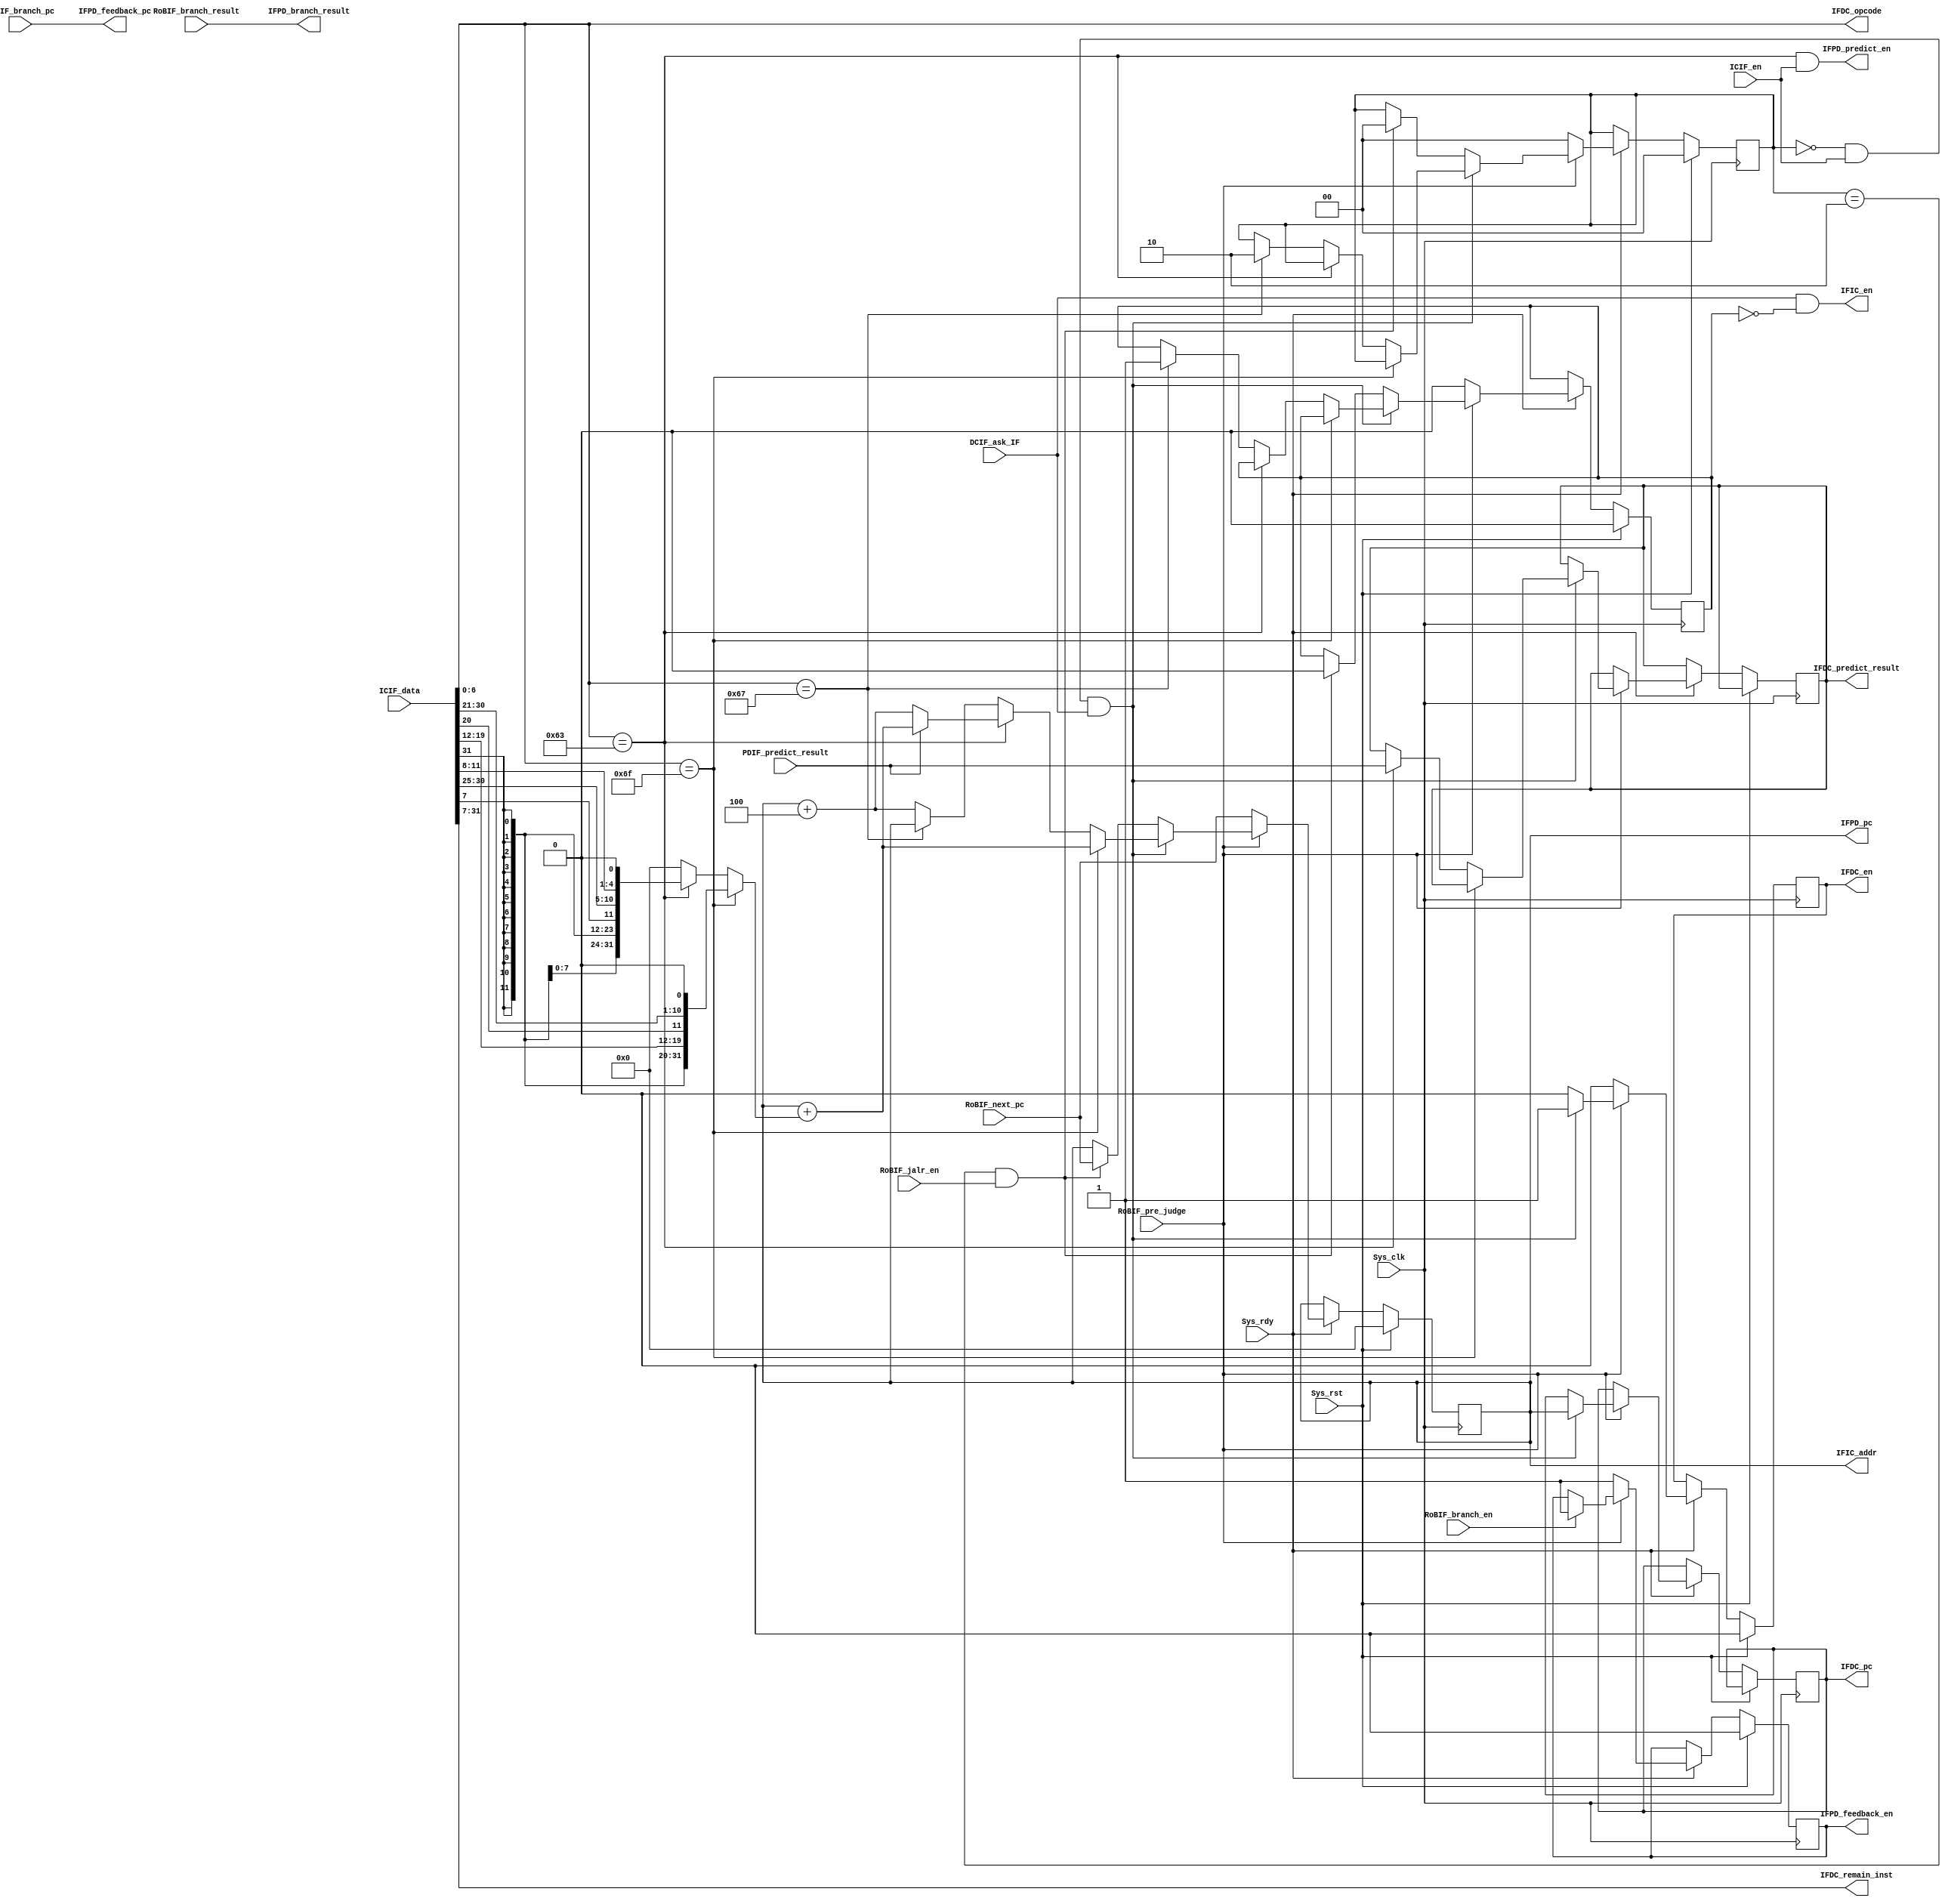
module InstructionFetcher #(
    parameter ADDR_WIDTH = 32,
    parameter NORMAL = 0,WAITING_PREDICT = 1,WAITING_RoB = 2
) (
    //sys
    input wire Sys_clk,
    input wire Sys_rst,
    input wire Sys_rdy,

    //ICache
    input  wire                    ICIF_en,
    input  wire [            31:0] ICIF_data,
    output wire                    IFIC_en,
    output wire [ADDR_WIDTH - 1:0] IFIC_addr,

    //Decoder
    input wire DCIF_ask_IF,  //ask for a new instruction
    output reg IFDC_en,
    output reg [ADDR_WIDTH - 1:0] IFDC_pc,
    output reg IFDC_predict_result,  //0: not taken, 1: taken
    output wire [6:0] IFDC_opcode,
    output wire [31:7] IFDC_remain_inst,

    //predictor
    input wire PDIF_predict_result,  //0: not taken, 1: taken. immediate result of prediction
    output wire IFPD_predict_en,  //ask for prediction
    output wire [ADDR_WIDTH - 1:0] IFPD_pc,  //pc of branch instruction
    output reg IFPD_feedback_en,  //feedback the result of branch instruction
    output wire IFPD_branch_result,  //0: not taken, 1: taken
    output wire [ADDR_WIDTH - 1:0] IFPD_feedback_pc,  //the pc of the branch instruction

    //RoB
    input wire RoBIF_jalr_en,
    input wire RoBIF_branch_en,
    input wire RoBIF_pre_judge, //the result of the branch instruction, 0:wrong prediction, 1:correct prediction
    input wire RoBIF_branch_result,  //the result of the branch instruction, 0: not taken, 1: taken
    input wire [ADDR_WIDTH - 1:0] RoBIF_branch_pc,  //the pc of the branch instruction
    input wire [ADDR_WIDTH - 1:0] RoBIF_next_pc //the pc of the next instruction for jalr/wrong prediction
);

  wire [31:0] imm;
  reg [ADDR_WIDTH - 1:0] pc;
  reg stop_fetch;
  reg [1:0] IF_state;
  reg [31:0] data;

  assign IFIC_en = DCIF_ask_IF && !stop_fetch;
  assign IFIC_addr = pc;
  assign IFDC_opcode = ICIF_data[6:0];
  assign IFDC_remain_inst = ICIF_data[31:7];
  assign imm = (IFDC_opcode == 7'b1101111) ? {{12{ICIF_data[31]}},ICIF_data[19:12],ICIF_data[20],ICIF_data[30:21],1'b0}  //jal
      :(IFDC_opcode == 7'b1100011) ? {{20{ICIF_data[31]}},ICIF_data[7],ICIF_data[30:25],ICIF_data[11:8],1'b0}  //branch
      : 32'b0;
  assign IFPD_pc = pc;
  assign IFPD_predict_en = (IFDC_opcode == 7'b1100011 && ICIF_en);
  assign IFPD_branch_result = RoBIF_branch_result;
  assign IFPD_feedback_pc = RoBIF_branch_pc;


  always @(posedge Sys_clk) begin
    if (Sys_rst) begin
      pc <= 0;
      IF_state <= NORMAL;
      IFDC_en <= 0;
      IFPD_feedback_en <= 0;
      data <= 32'hFFFFFFFF;
      stop_fetch <= 0;
    end else if (Sys_rdy) begin
      if (!RoBIF_pre_judge) begin  //wrong prediction
        pc <= RoBIF_next_pc;
        IF_state <= NORMAL;
        IFDC_en <= 0;
        IFPD_feedback_en <= 1;
        stop_fetch <= 0;
      end else begin
        if (RoBIF_branch_en) begin  //feedback of correct prediction
          IFPD_feedback_en <= 1;
        end
        if (IF_state == NORMAL && ICIF_en && DCIF_ask_IF) begin  //get a new instruction
          if (IFDC_opcode == 7'b1101111) begin : jal
            pc <= pc + imm;
            IFDC_pc <= pc;
            IFDC_en <= 1;
          end else if (IFDC_opcode == 7'b1100011) begin : branch
            pc <= PDIF_predict_result ? pc + imm : pc + 4;
            IFDC_pc <= pc;
            IFDC_en <= 1;
            IFDC_predict_result <= PDIF_predict_result;
          end else if (IFDC_opcode == 7'b1100111) begin : jalr
            IF_state <= WAITING_RoB;
            stop_fetch <= 1;
            IFDC_pc <= pc;
            IFDC_en <= 1;
          end else begin : other
            pc <= pc + 4;
            IFDC_pc <= pc;
            IFDC_en <= 1;
          end
        end else begin
          IFDC_en <= 0;
          if (IF_state == WAITING_RoB && RoBIF_jalr_en) begin  //result of jalr from RoB
            IF_state <= NORMAL;
            stop_fetch <= 0;
            pc <= RoBIF_next_pc;
          end
        end
      end
    end
  end


endmodule